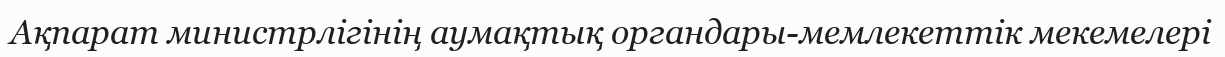
Ақпарат министрлігінің аумақтық органдары-мемлекеттік мекемелері